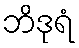
ဘိဒုရံ